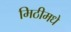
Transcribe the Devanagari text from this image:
मिठीमधे